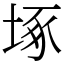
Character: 㙇